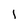
Character: l